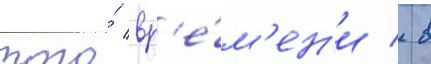
того́ вр'е́м'ен'и / в